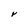
Character: Y